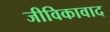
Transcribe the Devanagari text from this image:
जीविकावाद